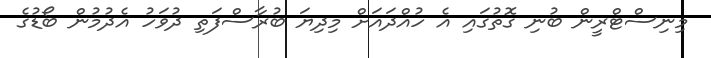
މިނިސްޓްރީން ބުނި ގޮތުގައި އެ ހުއްދައަށް މިދިޔަ ބުރާސްފަތި ދުވަހު އެދުމުން ބޯޑުގެ